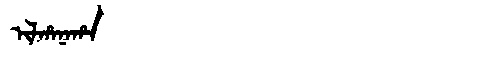
Manchu: ᡳᠯᡥᠠᠨᠠᡥᠠ
Romanization: ILHANAHA